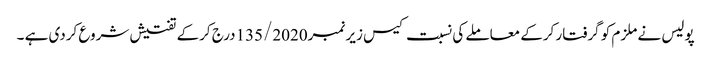
پولیس نے ملزم کو گرفتار کرکے معاملے کی نسبت کیس زیر نمبر135/2020درج کرکے تفتیش شروع کردی ہے ۔